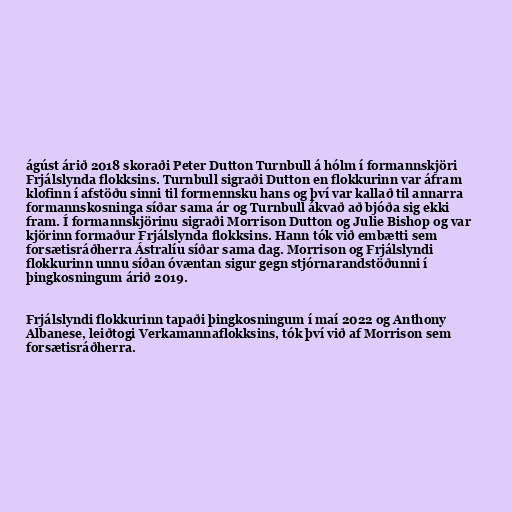
ágúst árið 2018 skoraði Peter Dutton Turnbull á hólm í formannskjöri
Frjálslynda flokksins. Turnbull sigraði Dutton en flokkurinn var áfram
klofinn í afstöðu sinni til formennsku hans og því var kallað til annarra
formannskosninga síðar sama ár og Turnbull ákvað að bjóða sig ekki
fram. Í formannskjörinu sigraði Morrison Dutton og Julie Bishop og var
kjörinn formaður Frjálslynda flokksins. Hann tók við embætti sem
forsætisráðherra Ástralíu síðar sama dag. Morrison og Frjálslyndi
flokkurinn unnu síðan óvæntan sigur gegn stjórnarandstöðunni í
þingkosningum árið 2019.

Frjálslyndi flokkurinn tapaði þingkosningum í maí 2022 og Anthony
Albanese, leiðtogi Verkamannaflokksins, tók því við af Morrison sem
forsætisráðherra.